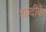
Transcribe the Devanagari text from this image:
शादीके